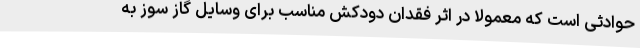
حوادثی است که معمولا در اثر فقدان دودکش مناسب برای وسایل گاز سوز به